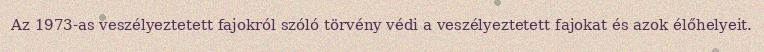
Az 1973-as veszélyeztetett fajokról szóló törvény védi a veszélyeztetett fajokat és azok élőhelyeit.